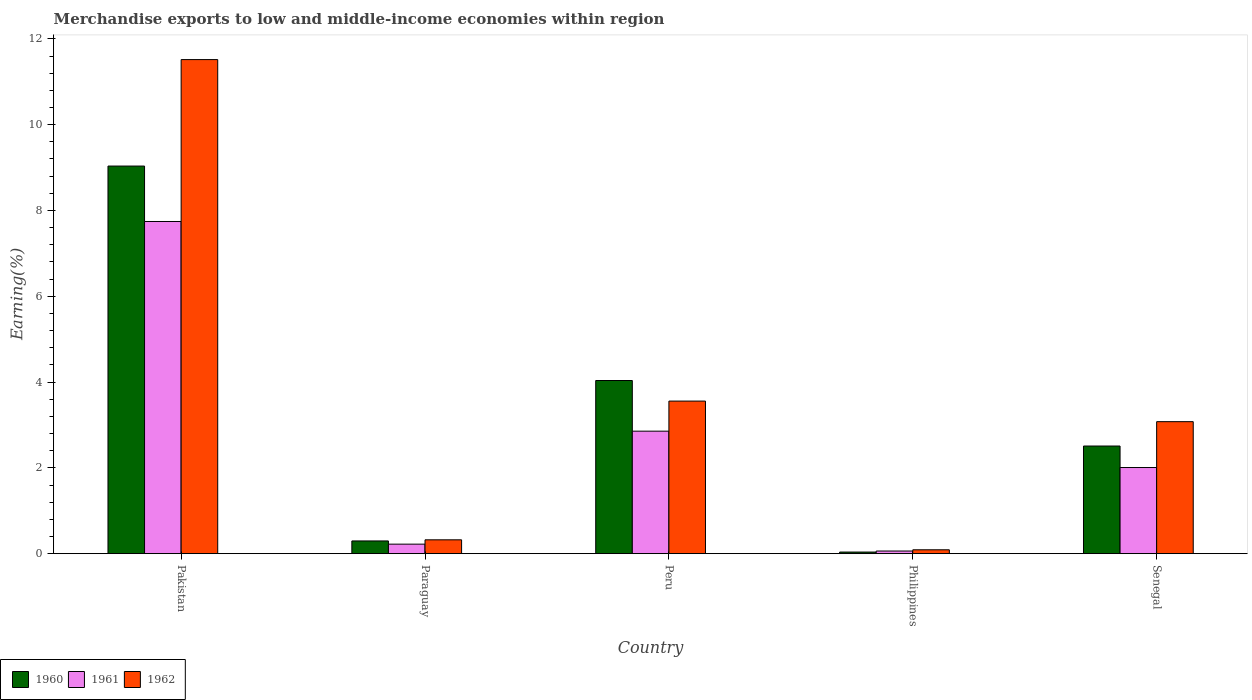
| Country | 1960 | 1961 | 1962 |
 | --- | --- | --- | --- |
 | Pakistan | 9.04 | 7.74 | 11.5 |
 | Paraguay | 0.297 | 0.222 | 0.323 |
 | Peru | 4.04 | 2.86 | 3.56 |
 | Philippines | 0.0372 | 0.0615 | 0.0904 |
 | Senegal | 2.51 | 2.01 | 3.08 |